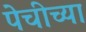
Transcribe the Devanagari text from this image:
पेचीच्या